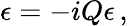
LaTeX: \epsilon=-iQ\epsilon\, ,